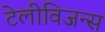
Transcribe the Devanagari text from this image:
टेलीविजन्स